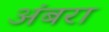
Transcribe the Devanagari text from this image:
अंबरा